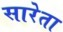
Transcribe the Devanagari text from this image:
सारेता